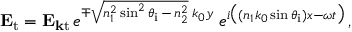
\mathbf { E } _ { \mathrm { t } } = \mathbf { E } _ { \mathbf { k } { \mathrm { t } } \, } e ^ { \mp { \sqrt { n _ { 1 } ^ { 2 } \sin ^ { 2 } \theta _ { \mathrm { i } } \, - \, n _ { 2 } ^ { 2 } } } \; k _ { 0 } y } \; e ^ { i { \big ( } ( n _ { 1 } k _ { 0 } \sin \theta _ { \mathrm { i } } ) x - \omega t { \big ) } } \, ,